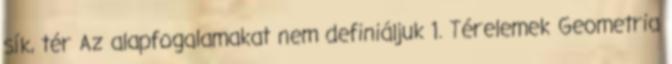
sík, tér Az alapfogalamakat nem definiáljuk 1. Térelemek Geometria